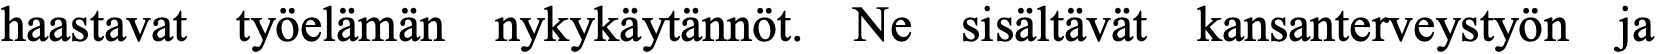
haastavat työelämän nykykäytännöt. Ne sisältävät kansanterveystyön ja